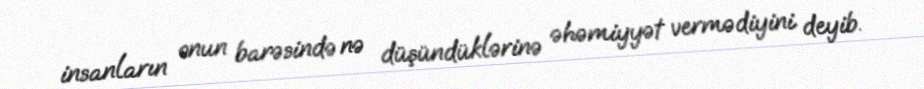
insanların onun barəsində nə düşündüklərinə əhəmiyyət vermədiyini deyib.